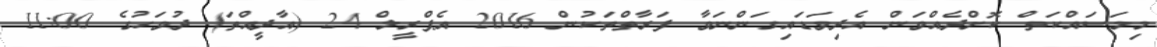
މިމަސައްކަތް ކޮށްދެއްވަން އެދިވަޑައިގަންނަވާ ފަރާތްތަކުން 2016 އެޕްރީލް 24 (އާދީއްތަ) ދުވަހުގެ 11:00